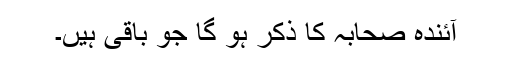
آئندہ صحابہ کا ذکر ہو گا جو باقی ہیں۔